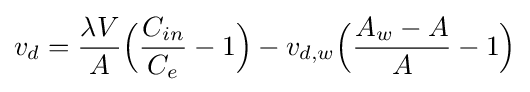
v_{d}={\frac {\lambda V}{A}}{\Bigl (}{\frac {C_{in}}{C_{e}}}-1{\Bigr )}-v_{d,w}{\Bigl (}{\frac {A_{w}-A}{A}}-1{\Bigr )}